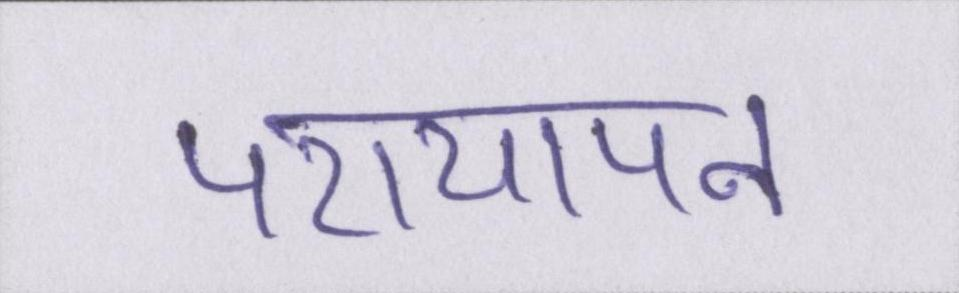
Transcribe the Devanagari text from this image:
परायापन